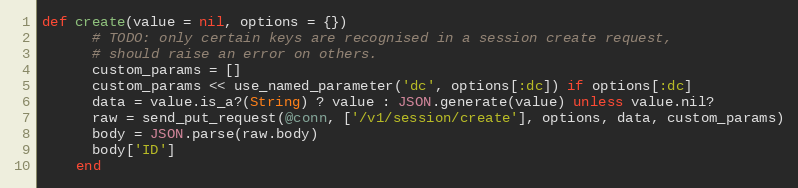
Language: Ruby
def create(value = nil, options = {})
      # TODO: only certain keys are recognised in a session create request,
      # should raise an error on others.
      custom_params = []
      custom_params << use_named_parameter('dc', options[:dc]) if options[:dc]
      data = value.is_a?(String) ? value : JSON.generate(value) unless value.nil?
      raw = send_put_request(@conn, ['/v1/session/create'], options, data, custom_params)
      body = JSON.parse(raw.body)
      body['ID']
    end